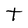
Character: t